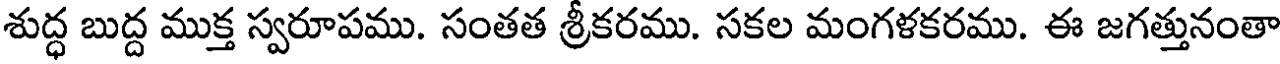
శుద్ధ బుద్ద ముక్త స్వరూపము. సంతత శ్రీకరము. సకల మంగళకరము. ఈ జగత్తునంతా